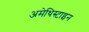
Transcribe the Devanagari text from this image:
अमेथिस्टाइन